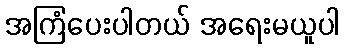
အကြံပေးပါတယ် အရေးမယူပါ